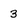
Character: 3